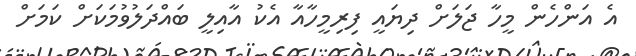
އެ އަންހެން މީހާ ޖަލަށް ދިޔައީ ފިރިމީހާއާ އެކު އާއިލީ ބައްދަލުވުމަކަށް ކަމަށް